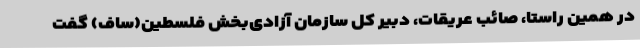
در همین راستا، صائب عریقات، دبیر کل سازمان آزادی‌بخش فلسطین(ساف) گفت